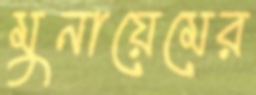
মুনায়েমের